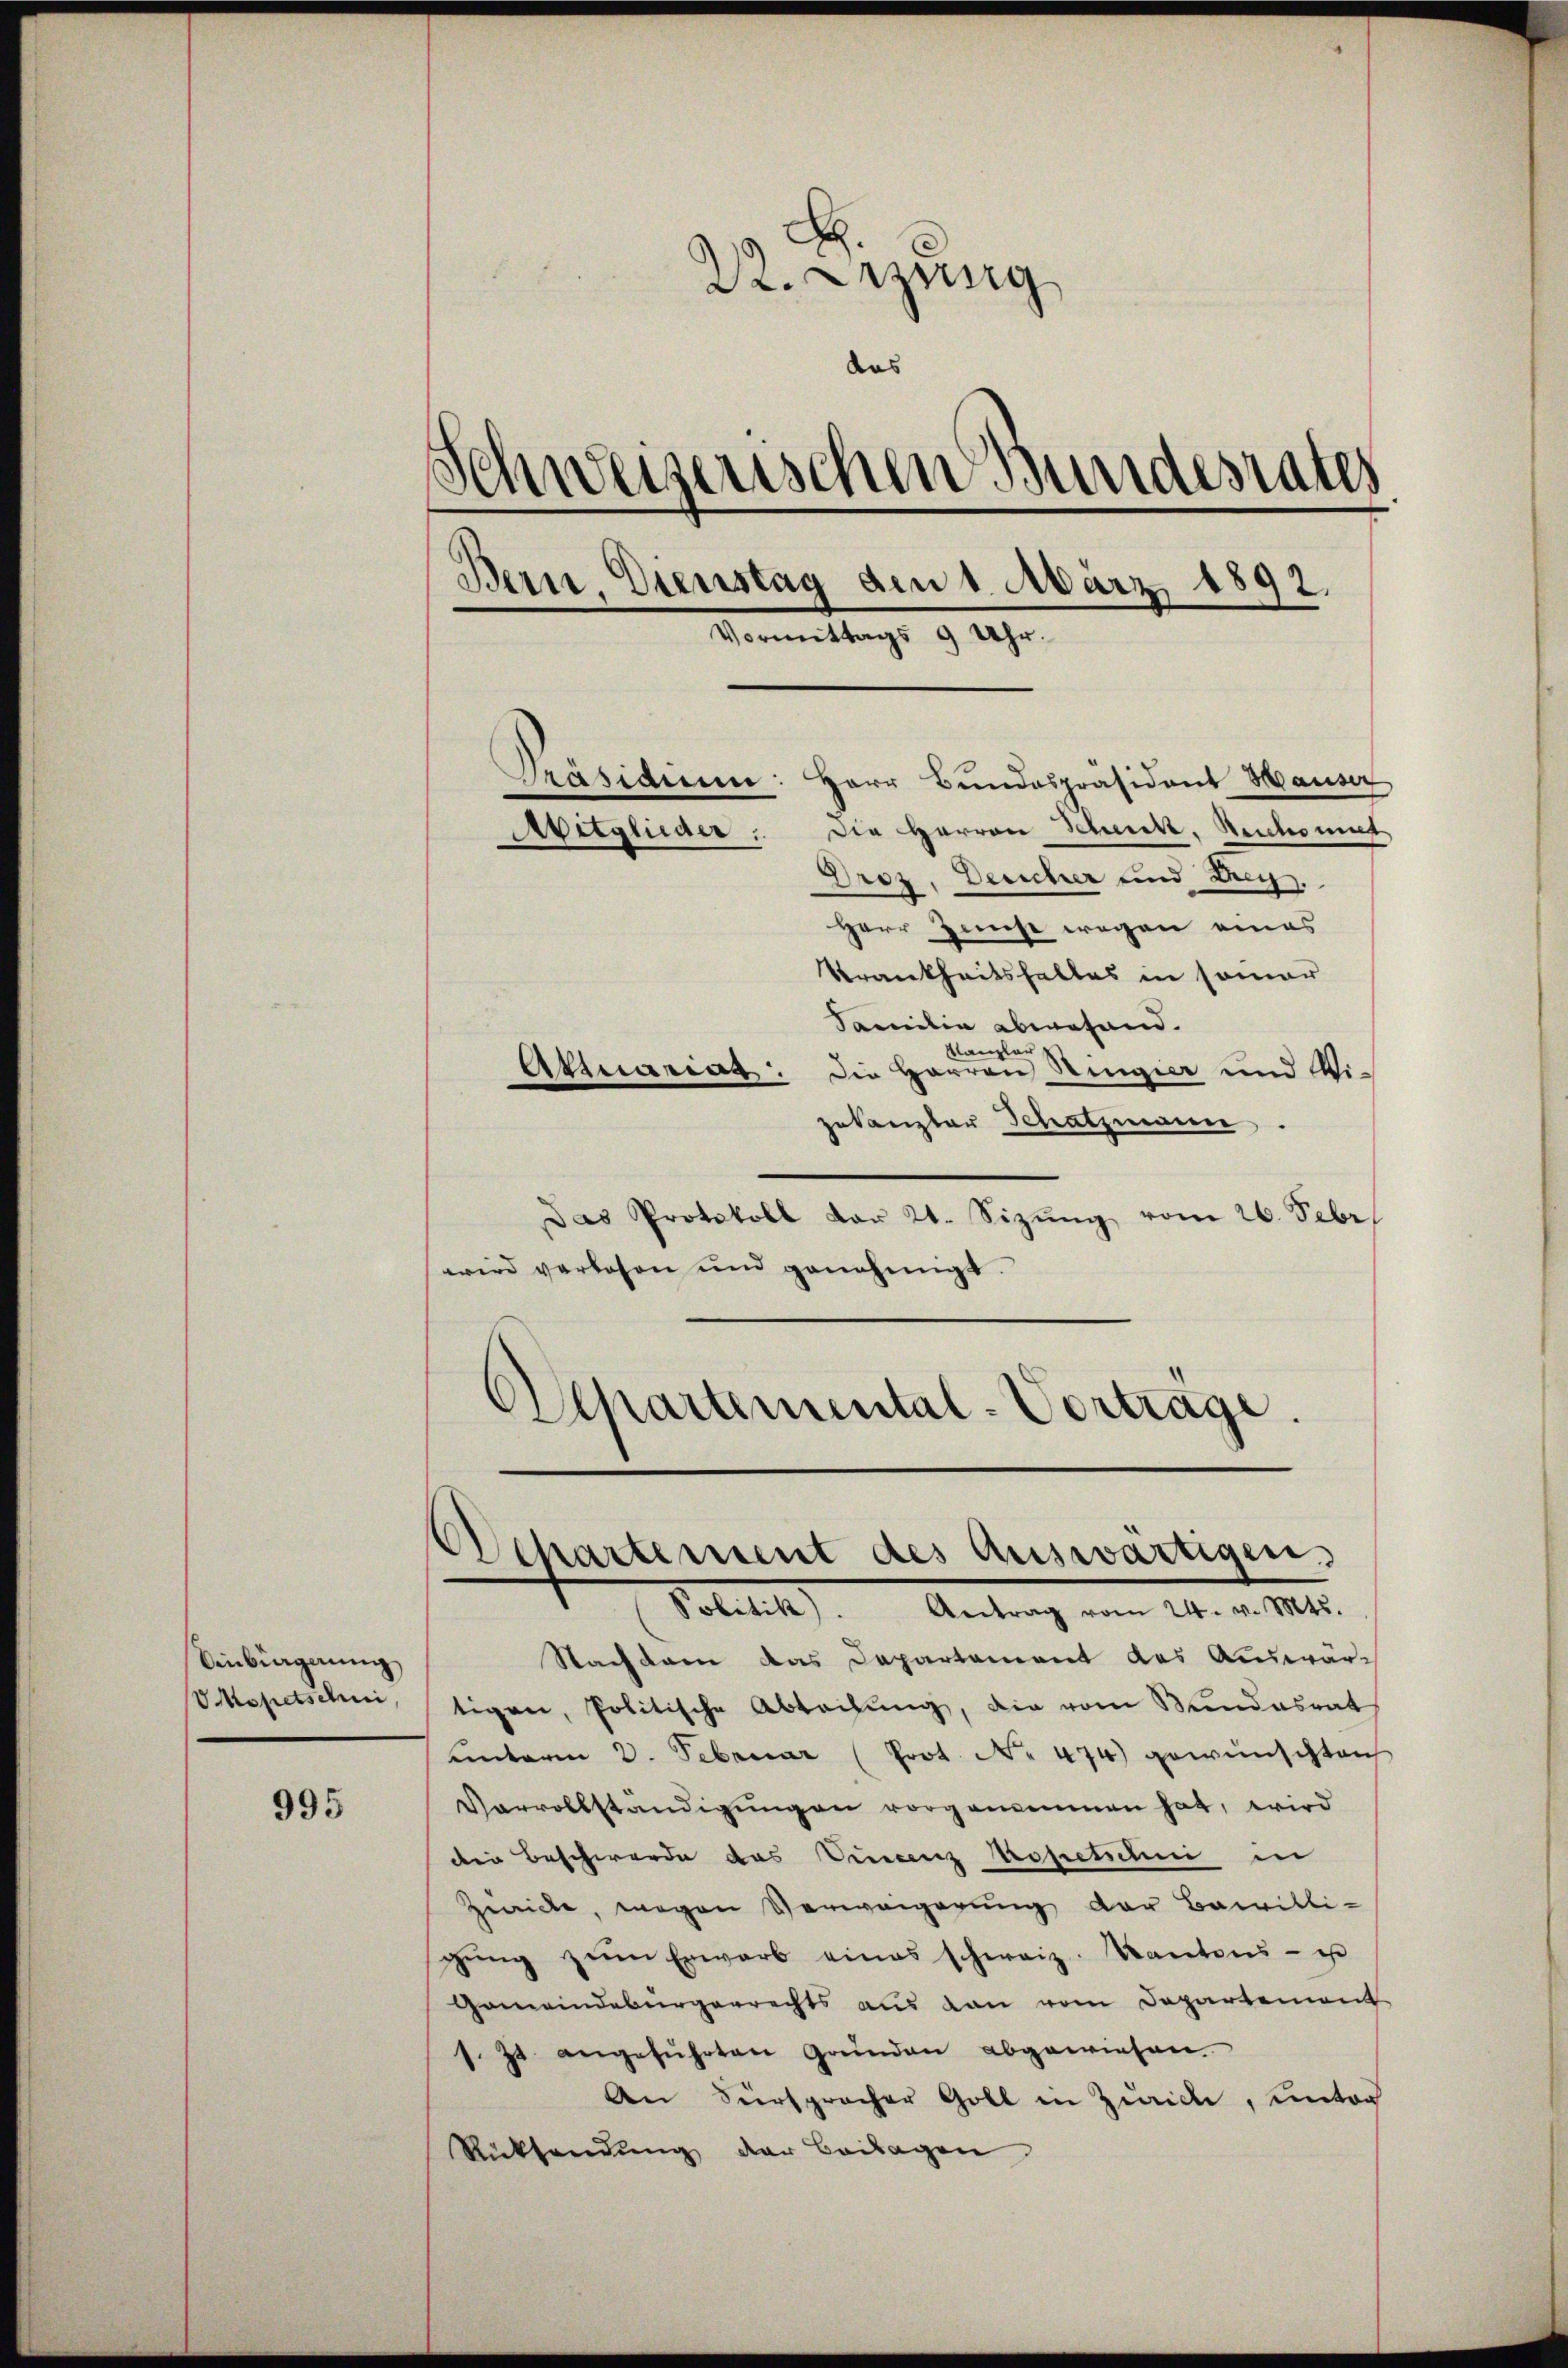
Einbiagnung
VMopetschni

995

22. Dezung
das
d
Anweiserischen Bundesrates
Bern, Dienstag den 1. März 1892.
Vormittags 9 Uhr.
Präsiden: Herr Bŭndespräsident Hauser
Die Herren Schnitt. Reichsmit
Aitglieder:
Droz, Deucher und Breg
Herr Zinse wegen eines
Krankheitshaltes in sonar
Familie abwesend.
Canzler
Attuariat. Die Herren Ringier und Wi-

zekanzler Schatzmann.
Das Protokoll dar 2. Sizŭng vom 26. Febr.
wird verlesen und genehmigt.
Achartemental-Vortrage.

Sacfdam das Departement des Auswärtigen, Politische Abteilŭng, die vom Bundesrat
unterm 3. Februar (Prot. No 474) gewünschten
Varvollständigungen vorgemeinen hat, wird
der Beschwerde das Finanz spetschni in
Zwicke, wegen Verweigerung der Bewilli-
gŭng zŭm Erwarb eines schweiz. Kantons - es
Gemeindebürgerrechts aus den vom Departement
1. Js. angeführten Gründen abgewiesen.
An Fürspracher Goll in Zwicke, unter
Rücksendung der Beilagen

Departement des auswärtigen
(Solitik). Antrag vom 24. v. Mts.